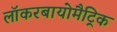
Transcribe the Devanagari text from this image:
लॉकरबायोमैट्रिक